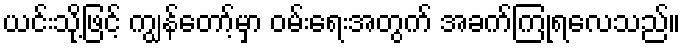
ယင်းသို့ဖြင့် ကျွန်တော့်မှာ ဝမ်းရေးအတွက် အခက်ကြုံရလေသည်။